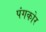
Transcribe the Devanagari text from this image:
पंगकोर